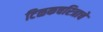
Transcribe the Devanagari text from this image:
टिळकचरित्राचे